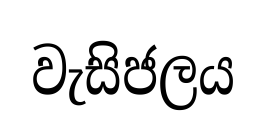
වැසිජලය